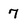
Character: 7